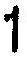
1